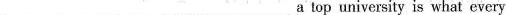
___a top university is what every